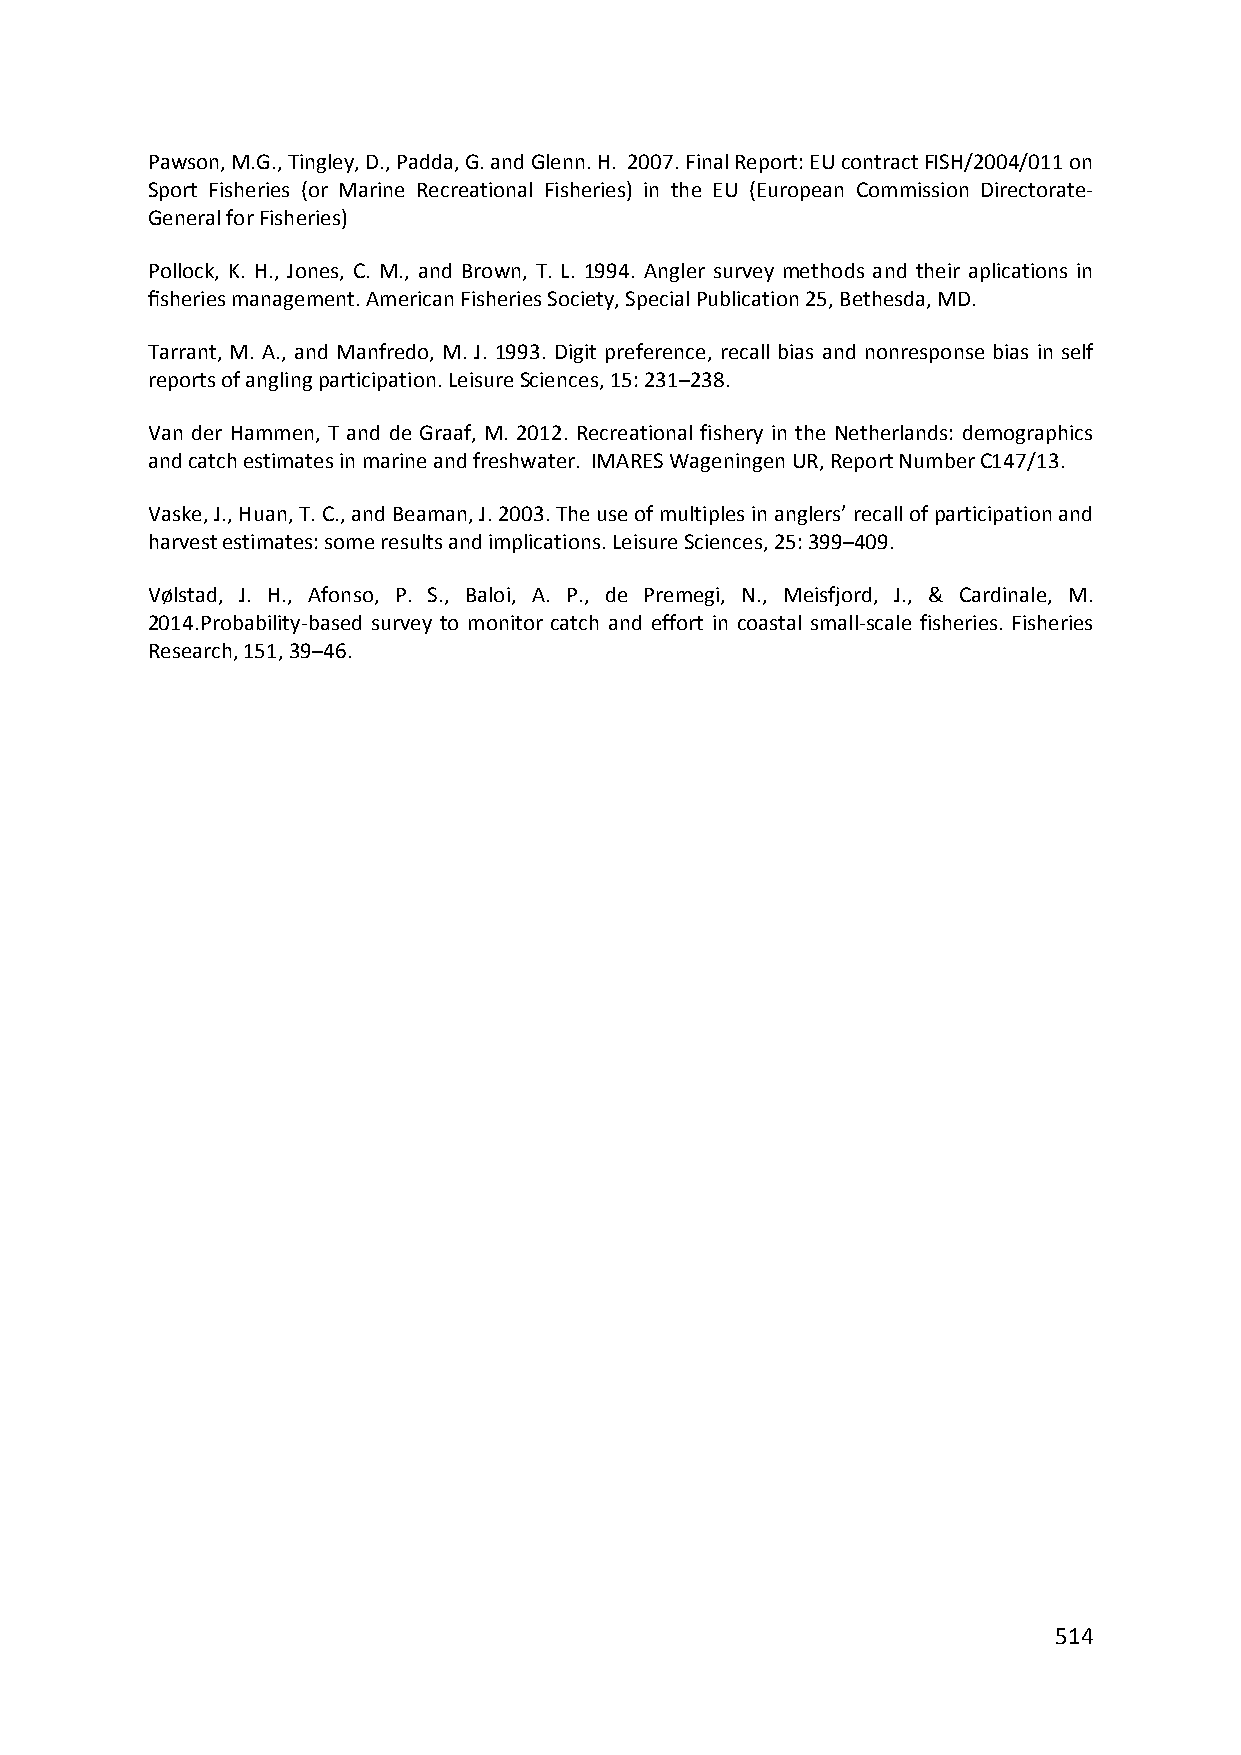
Pawson, M.G., Tingley, D., Padda, G. and Glenn. H. 2007. Final Report: EU contract FISH/2004/011 on
 Sport Fisheries (or Marine Recreational Fisheries) in the EU (European Commission Directorate‐
 General for Fisheries)
 Pollock, K. H., Jones, C. M., and Brown, T. L. 1994. Angler survey methods and their aplications in
 fisheries management. American Fisheries Society, Special Publication 25, Bethesda, MD.
 Tarrant, M. A., and Manfredo, M. J. 1993. Digit preference, recall bias and nonresponse bias in self
 reports of angling participation. Leisure Sciences, 15: 231–238.
 Van der Hammen, T and de Graaf, M. 2012. Recreational fishery in the Netherlands: demographics
 and catch estimates in marine and freshwater. IMARES Wageningen UR, Report Number C147/13.
 Vaske, J., Huan, T. C., and Beaman, J. 2003. The use of multiples in anglers’ recall of participation and
 harvest estimates: some results and implications. Leisure Sciences, 25: 399–409.
 Vølstad, J. H., Afonso, P. S., Baloi, A. P., de Premegi, N., Meisfjord, J., & Cardinale, M.
 2014.Probability‐based survey to monitor catch and effort in coastal small‐scale fisheries. Fisheries
 Research, 151, 39–46.
 514